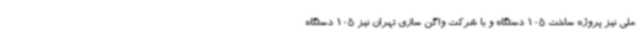
ملی نیز پروژه ساخت 105 دستگاه و با شرکت واگن سازی تهران نیز 105 دستگاه